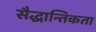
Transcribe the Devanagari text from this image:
सैद्धान्तिकता